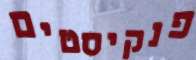
פנקיסטים